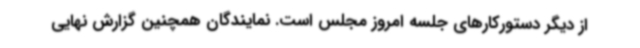
از دیگر دستورکارهای جلسه امروز مجلس است. نمایندگان همچنین گزارش نهایی